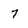
Character: 7